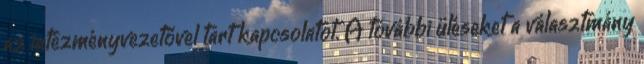
az intézményvezetővel tart kapcsolatot. A további üléseket a választmány